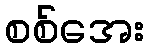
စစ်အေး